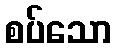
စပ်သော